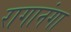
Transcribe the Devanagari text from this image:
रागानंगा